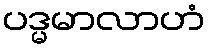
ပဒ္မမာလာဟံ